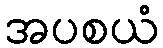
အပစယံ